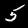
Label: 5